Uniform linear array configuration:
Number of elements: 8
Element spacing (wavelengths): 0.75
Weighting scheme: exponential
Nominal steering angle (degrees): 30
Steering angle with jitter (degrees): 31.923
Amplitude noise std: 0.05
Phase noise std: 0.05

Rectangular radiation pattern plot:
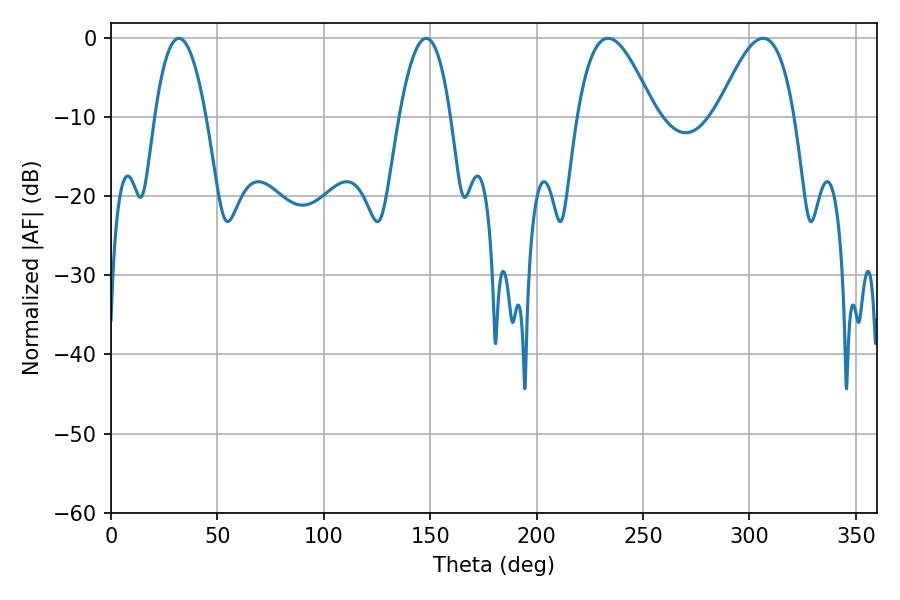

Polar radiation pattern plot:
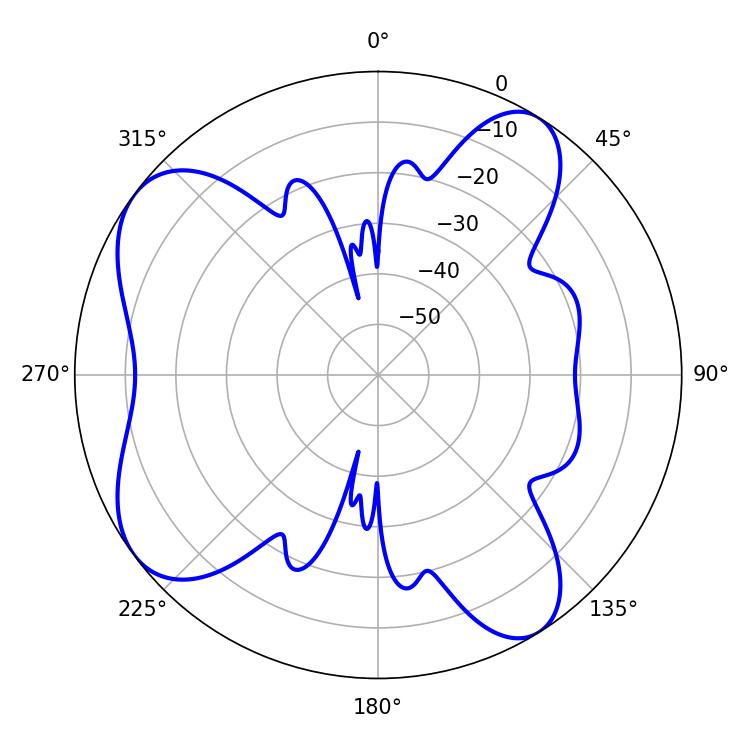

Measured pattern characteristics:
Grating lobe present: TRUE
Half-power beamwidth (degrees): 19.62
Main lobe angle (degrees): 233.64